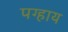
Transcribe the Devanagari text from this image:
पग्हाय